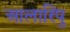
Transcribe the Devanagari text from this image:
आलारिपु